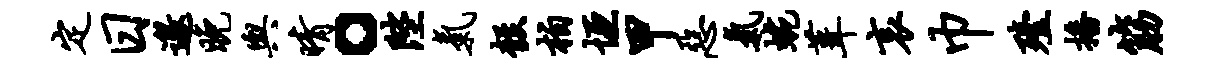
定日邀晚舆晴。陛气彀柏垣甲恶气蜿葺哀巾殪播筋